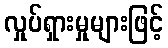
လှုပ်ရှားမှုများဖြင့်